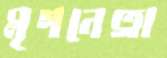
মৃগনেত্রা